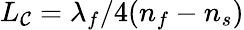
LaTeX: L_{\mathcal{C}}=\lambda_{f}/4(n_{f}-n_{s})